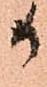
か